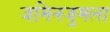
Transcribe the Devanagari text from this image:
जमिनजुमला